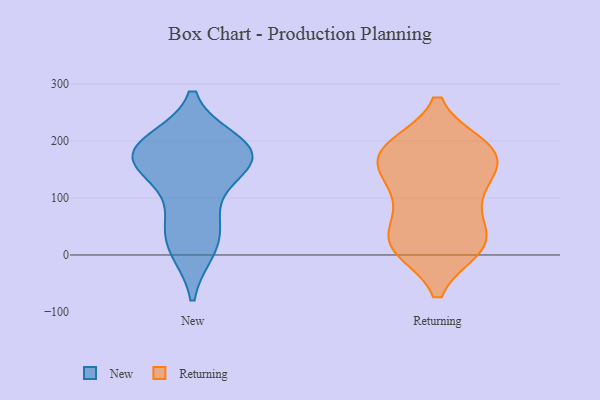
{"axis": {"x": "Revenue (USD Million)", "y": "Value"}, "legend": ["New", "Returning"], "data": [{"x": "", "y": 149, "type": "New"}, {"x": "", "y": 196, "type": "New"}, {"x": "", "y": 181, "type": "New"}, {"x": "", "y": 73, "type": "New"}, {"x": "", "y": 11, "type": "New"}, {"x": "", "y": 187, "type": "New"}, {"x": "", "y": 53, "type": "New"}, {"x": "", "y": 168, "type": "New"}, {"x": "", "y": 13, "type": "New"}, {"x": "", "y": 169, "type": "New"}, {"x": "", "y": 159, "type": "New"}, {"x": "", "y": 186, "type": "New"}, {"x": "", "y": 16, "type": "Returning"}, {"x": "", "y": 19, "type": "Returning"}, {"x": "", "y": 183, "type": "Returning"}, {"x": "", "y": 172, "type": "Returning"}, {"x": "", "y": 137, "type": "Returning"}, {"x": "", "y": 189, "type": "Returning"}, {"x": "", "y": 51, "type": "Returning"}, {"x": "", "y": 100, "type": "Returning"}, {"x": "", "y": 18, "type": "Returning"}, {"x": "", "y": 97, "type": "Returning"}, {"x": "", "y": 133, "type": "Returning"}, {"x": "", "y": 185, "type": "Returning"}, {"x": "", "y": 23, "type": "Returning"}, {"x": "", "y": 13, "type": "Returning"}, {"x": "", "y": 180, "type": "Returning"}, {"x": "", "y": 175, "type": "Returning"}]}